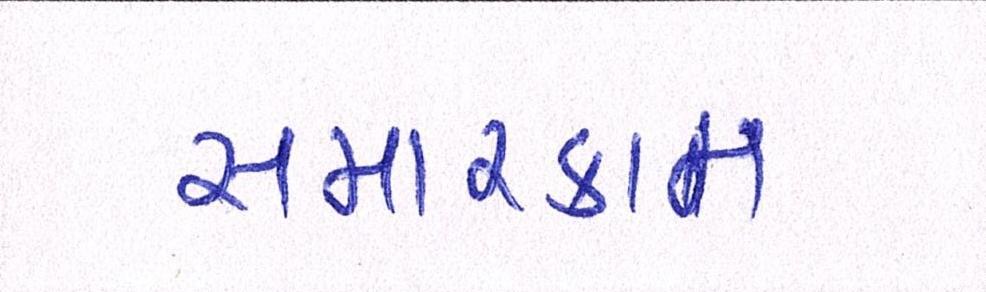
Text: સમારકામ